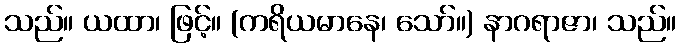
သည်။ ယထာ၊ ဖြင့်။ (ကရိယမာနေ၊ သော်။) နာဂရာဇာ၊ သည်။